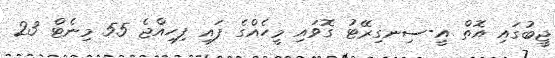
ޖީބުގައި އޮތް އީ-ސިނގިރޭޓު ގޮވައި މީހެއްގެ ފައި ފިހިއްޖެ 55 މިނެޓް 23